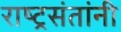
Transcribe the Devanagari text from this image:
राष्ट्रसंतांनी